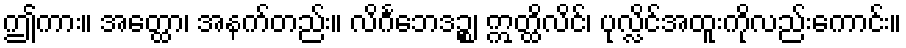
ဤကား။ အတ္ထော၊ အနက်တည်း။ လိင်္ဂဘေဒဉ္စ၊ ဣတ္ထိလိင်၊ ပုလ္လိင်အထူးကိုလည်းကောင်း။